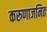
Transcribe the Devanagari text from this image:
करुणाजनित